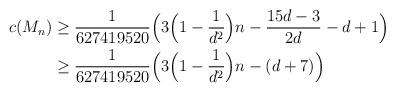
LaTeX: \begin{align*}\begin{aligned} c(M_n) &\ge \frac{1}{627419520}\Big(3\Big(1-\frac{1}{d^2}\Big)n - \frac{15d-3}{2d}-d+1\Big) \\ &\ge \frac{1}{627419520}\Big(3\Big(1-\frac{1}{d^2}\Big)n - (d+7)\Big)\end{aligned}\end{align*}